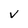
Character: v